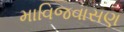
માવિજવાસણ